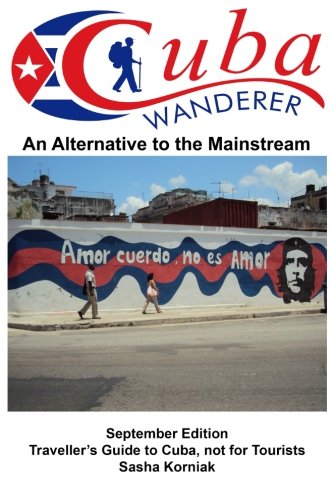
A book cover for Cuba Wanderer: Traveller's Guide to Cuba, Not a Tourist Guide.; Sasha Korniak; Travel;